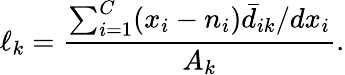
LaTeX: \ell_{k}=\frac{\sum_{i=1}^{C}(x_{i}-n_{i})\bar{d}_{ik}/dx_{i}}{A_{k}}.